Civil Veterinary Dept. Bombay admin report 1907-1913 - 1907-1913
Year: 1907
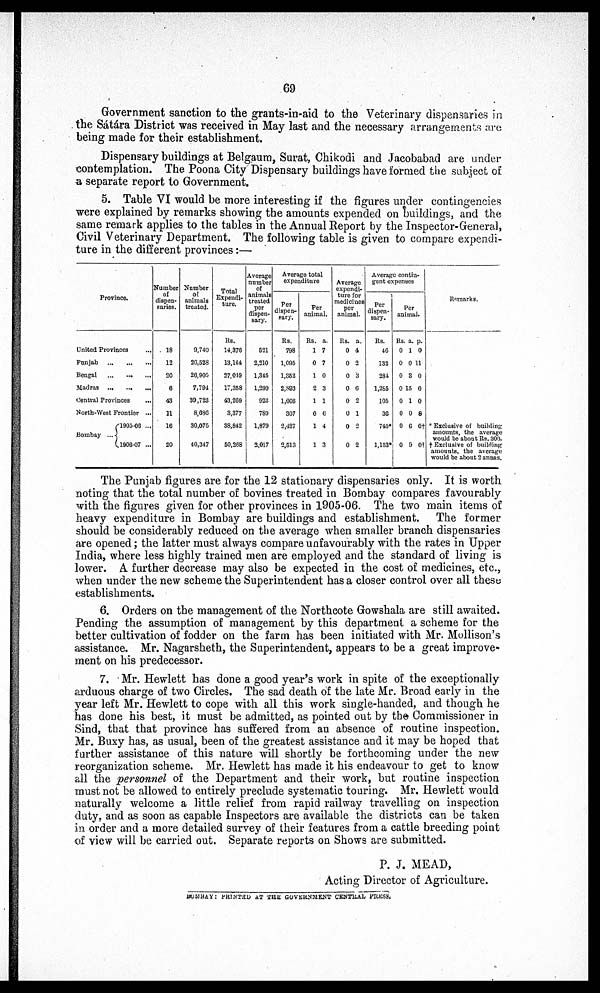
69
Government sanction to the grants-in-aid to the Veterinary dispensaries in
the sátára District was received in May last and the necessary arrangements are
being made for their establishment.
Dispensary buildings at Belgaum, Surat, Chikodi and Jacobabad are under
contemplation. The Poona City Dispensary buildings have formed the subject of
a separate report to Government.
5. Table VI would be more interesting if the figures under contingencies
were explained by remarks showing the amounts expended on buildings, and the
same remark applies to the tables in the Annual Report by the Inspector-General,
Civil Veterinary Department. The following table is given to compare expendi-
ture in the different provinces:—
Province.
United Provi
nces ...
Punjab ... ... ...
Bengal
Madras
Central Prov
inces
...
North-West F
rontier ...
Bombay ... 1905-06 ...
1906-07 ...
Number
of
dispen-
saries.
18
12
20
6
43
11
16
20
Number
of
animals
treated.
9,740
26,528
26,905
7,794
30,723
8,686
30,075
40,347
Total
Expendi-
ture.
Us.
14,370
13,144
27,049
17,358
43,269
3,377
38,842
50,268
Average
number
of
animals
treated
per
dispen-
sary.
D21
2,210
1,345
1,299
923
780
1,879
2,017
Average total
expenditure
Per
dispen-
sary.
Rs.
798
1,095
1,352
2,803
1,006
307
2,427
2,513
Per
animal.
Rs. a.
1 7
0 7
1 0
2 3
1 1
0 6
1 4
1 3
Average
expendi-
ture for
medicines
per
animal.
Rs. a.
0 4
0 2
0 3
0 6
0 2
0 1
0 2
0 2
Average contin-
gent expenses
Per
dispen-
sary.
Rs.
46
132
281
1,265
105
36
710*
1,153*
Per
animal.
Rs. a. p.
0 1 0
0 0 11
0 3 0
0 15 0
0 1 0
0 0 8
0 6 0t
0 9 0†
Remarks.
* Exclusive of building
amounts, the average
would be about Rs. 300.
† Exclusive of building
amounts, the average
would be about 2 annas.
The Punjab figures are for the 12 stationary dispensaries only. It is worth
noting that the total number of bovines treated in Bombay compares favourably
with the figures given for other provinces in 1905-06. The two main items of
heavy expenditure in Bombay are buildings and establishment. The former
should be considerably reduced on the average when smaller branch dispensaries
are opened; the latter must always compare unfavourably with the rates in Upper
India, where less highly trained men are employed and the standard of living is
lower. A further decrease may also be expected in the cost of medicines, etc.,
when under the new scheme the Superintendent has a closer control over all these
establishments.
6. Orders on the management of the Northcote Gowshala are still awaited.
Pending the assumption of management by this department a scheme for the
better cultivation of fodder on the farm has been initiated with Mr. Mollison's
assistance. Mr. Nagarsheth, the Superintendent, appears to be a great improve-
ment on his predecessor.
7. Mr. Hewlett has done a good year's work in spite of the exceptionally
arduous charge of two Circles. The sad death of the late Mr. Broad early in the
year left Mr. Hewlett to cope with all this work single-handed, and though he
has done his best, it must be admitted, as pointed out by the Commissioner in
Sind, that that province has suffered from an absence of routine inspection.
Mr. Buxy has, as usual, been of the greatest assistance and it may be hoped that
further assistance of this nature will shortly be forthcoming under the new
reorganization scheme. Mr. Hewlett has made it his endeavour to get to know
all the personnel of the Department and their work, but routine inspection
must not be allowed to entirely preclude systematic touring. Mr. Hewlett would
naturally welcome a little relief from rapid railway travelling on inspection
duty, and as soon as capable Inspectors are available the districts can be taken
in order and a more detailed survey of their features from a cattle breeding point
of view will be carried out. Separate reports on Shows are submitted.
P. J. MEAD,
Acting Director of Agriculture.
BOMBAY: PRINTED AT THE GOVERNMENT CENTRAL PRESS.